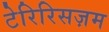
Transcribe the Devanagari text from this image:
टेरिरिसज़म